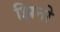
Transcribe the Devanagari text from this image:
झिनो